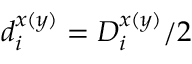
d _ { i } ^ { x ( y ) } = D _ { i } ^ { x ( y ) } / 2